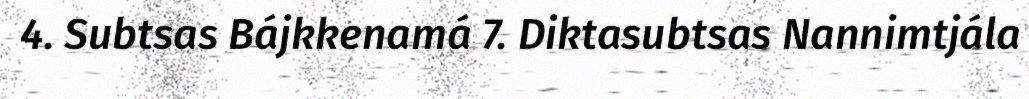
4. Subtsas Bájkkenamá 7. Diktasubtsas Nannimtjála